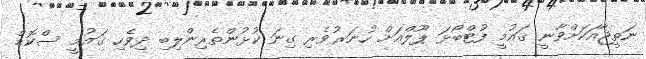
ނަތީޖާއަކަށްވާނީ ޤައުމީ ފުޓްބޯޅަ ޕޫލްއަށް ހުނަރުވެރި ގިނަ ކުޅުންތެރިންލިބި ދިވެހި ޤައުމީ ސްކޮޑް